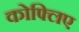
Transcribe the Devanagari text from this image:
कोफ्लिए